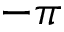
- \pi